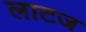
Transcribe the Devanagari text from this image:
लाटज